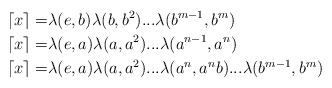
\begin{align*}\lceil x \rceil =& \lambda(e,b)\lambda(b,b^2)...\lambda(b^{m-1},b^m) \\\lceil x \rceil=&\lambda(e,a)\lambda(a,a^2)...\lambda(a^{n-1},a^n) \\\lceil x \rceil=&\lambda(e,a)\lambda(a,a^2)...\lambda(a^n,a^nb)...\lambda(b^{m-1}, b^m)\end{align*}